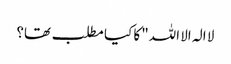
لا الہ الا اللہ" کا کیا مطلب تھا؟